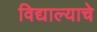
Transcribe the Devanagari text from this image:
विद्याल्याचे